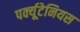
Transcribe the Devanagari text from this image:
पर्क्यूटेनियस